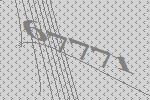
67771